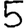
Digit: 5